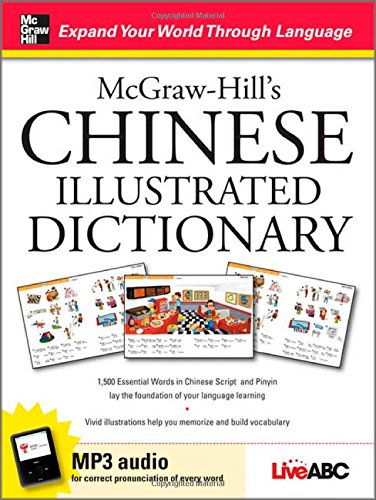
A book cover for McGraw-Hill's Chinese Illustrated Dictionary: 1,500 Essential Words in Chinese Script and Pinyin lay the foundation of your language learning; Live ABC; Travel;